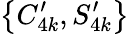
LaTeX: \big\{ C_{4k}^{\prime},S_{4k}^{\prime}\big\}